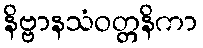
နိဗ္ဗာနသံဝတ္တနိကာ